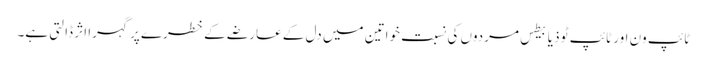
ٹائپ ون اور ٹائپ ٹو ذیابیطس مردوں کی نسبت خواتین میں دل کے عارضے کے خطرے پر گہرا اثر ڈالتی ہے۔